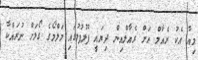
މިއާ އެކު ރެއާލް އަށް ރެއާލްއިން ދިޔައީ ފުލުފުލުގައި މަލްމޯގެ ގޯލަށް ނުރައްކާ